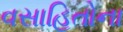
વસાહિતોના